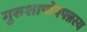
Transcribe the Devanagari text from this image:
गुरुशापोपपन्नस्य